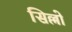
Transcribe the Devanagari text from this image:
सिल्लो